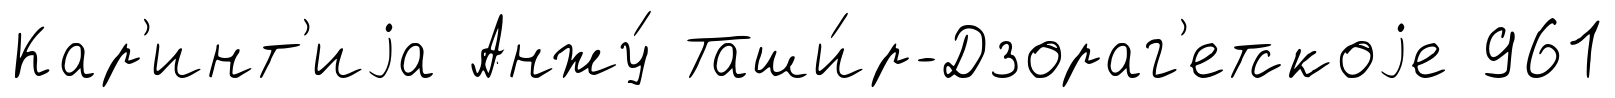
Кар'инт'иjа Анжу́ Таши́р-Дзораг'етскоjе 961